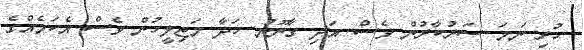
ހުރި ނަމަ ސަރުކާރުން ވެސް އަދި ގާނޫނު ހަދާ މަޖިލީހުން ވެސް އެކަމެއްގެ